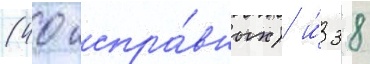
(40 испра́вных) и́ 38